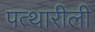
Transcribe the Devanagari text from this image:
पत्थारीली